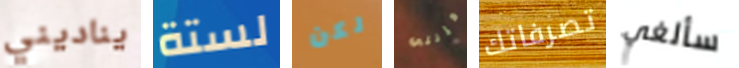
يناديني لستة لكن فإنني تصرفاتك سألغي